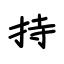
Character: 持